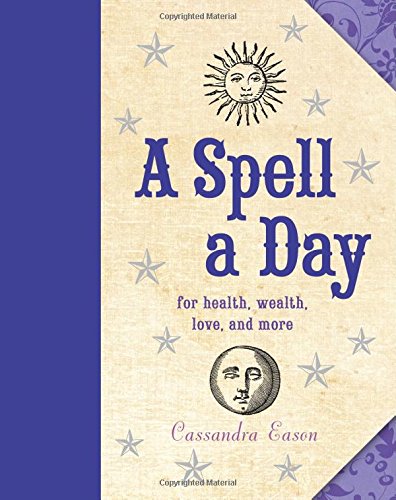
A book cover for A Spell a Day: For Health, Wealth, Love, and More; Cassandra Eason; Religion & Spirituality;